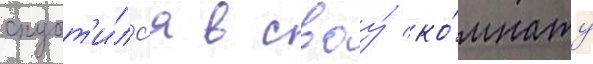
спуст'и́лс'я в своу́ ко́мнату